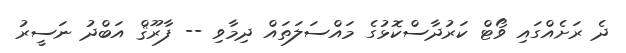
ދެ ރަށެއްގައި ވޯޓް ކަރުދާސްކޮޅުގެ މައްސަލަތައް ދިމާވި -- ފާރޫޤް އަބްދު ނަސީރު